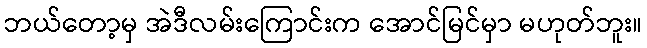
ဘယ်တော့မှ အဲဒီလမ်းကြောင်းက အောင်မြင်မှာ မဟုတ်ဘူး။